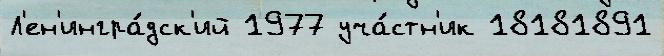
Л'ен'ингра́дск'ий 1977 уча́стн'ик 18181891